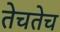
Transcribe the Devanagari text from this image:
तेचतेच